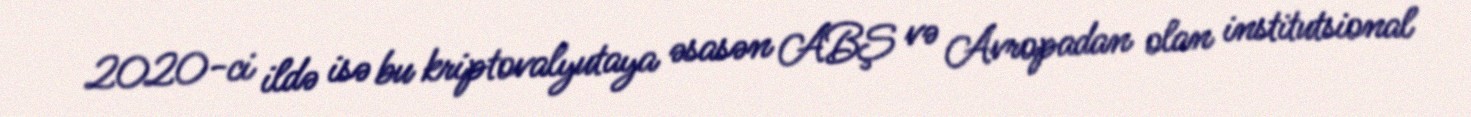
2020-ci ildə isə bu kriptovalyutaya əsasən ABŞ və Avropadan olan institutsional